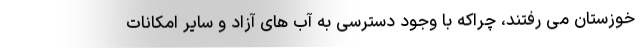
خوزستان می رفتند، چراکه با وجود دسترسی به آب های آزاد و سایر امکانات